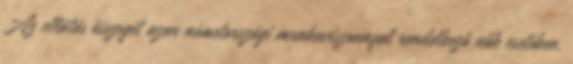
Az ellátás összegét azon németországi munkaviszonnyal rendelkező nők esetében,